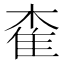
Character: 㮅